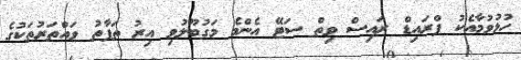
ހުޅުވުމާއެކު ފްރައިޑް ރައިސް ވިތް ސަޓޭ އެންމެ މަގުބޫލުވި އިރު ތަފާތު ވައްތަރުތަކުގެ